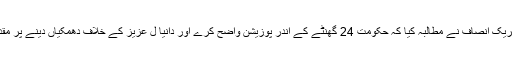
ترجمان پاکستان تحریک انصاف نے مطالبہ کیا کہ حکومت 24 گھنٹے کے اندر پوزیشن واضح کرے اور دانیا ل عزیز کے خلاف دھمکیاں دینے پر مقدمہ درج کیا جائے۔